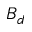
B _ { d }